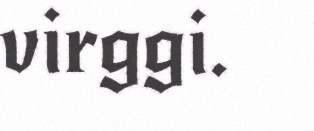
virggi.